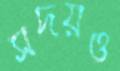
সদয়ও